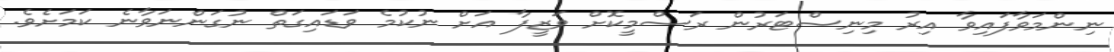
ނިންމަވާފައިވާ އިރު މިނިސްޓަރުން ރަސްމީކޮށް ވަޒީފާ އަށް ނުކުމެ ވަޑައިގަތް ނުގަންނަވާނެ ކަމަށެވެ.